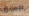
العنق